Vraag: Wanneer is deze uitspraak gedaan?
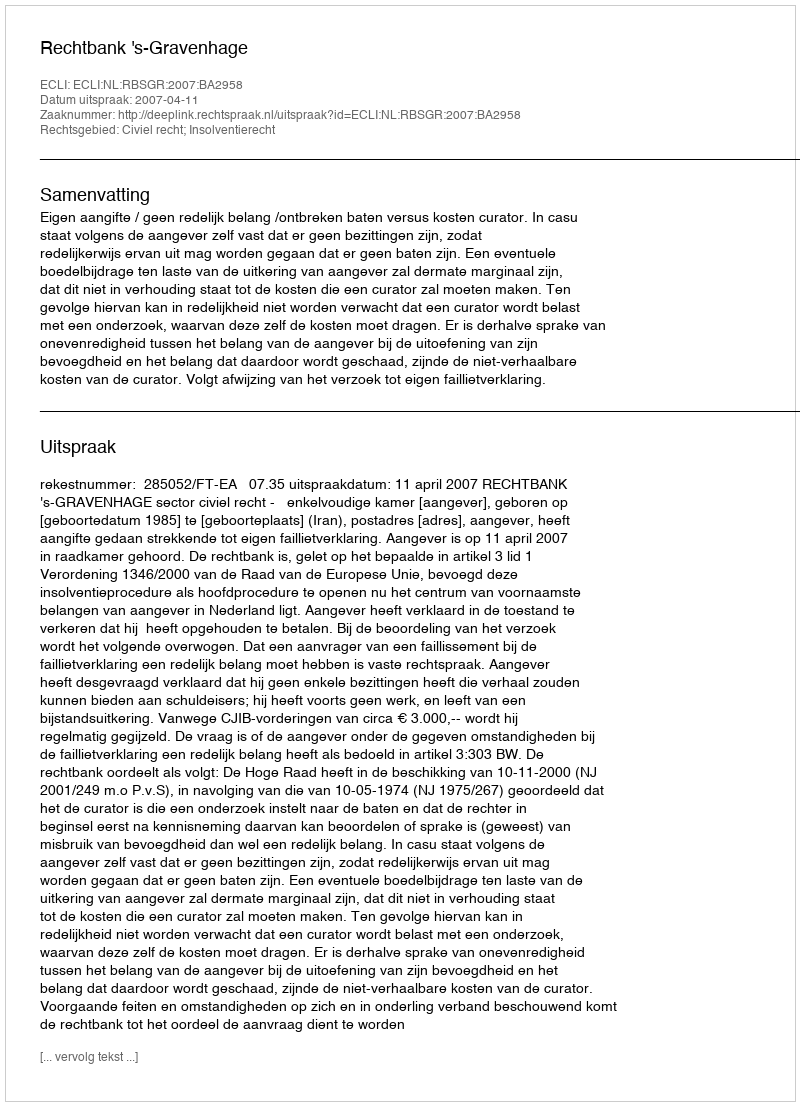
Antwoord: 2007-04-11